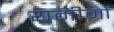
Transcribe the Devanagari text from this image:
यमीमों